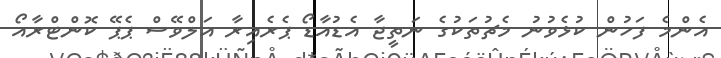
އެންމެ ފަހުން ކުޅެވުނު މެޗުތަކުގެ ނަތީޖާ އެޑުއާޑޯ ޕެރެއިރާ އަލްވޭސް ޕެޕޭ ކޮންޓްރާއޯ